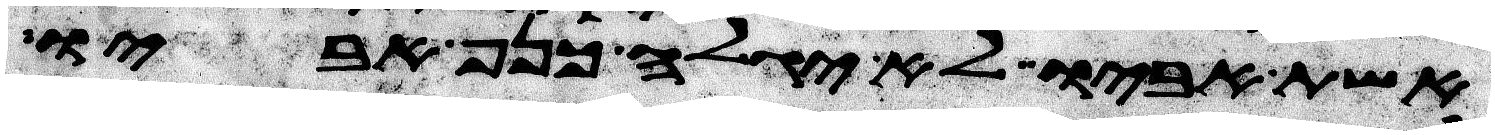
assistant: אשת אביו ולא יגלה כנף אביו